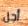
أجل